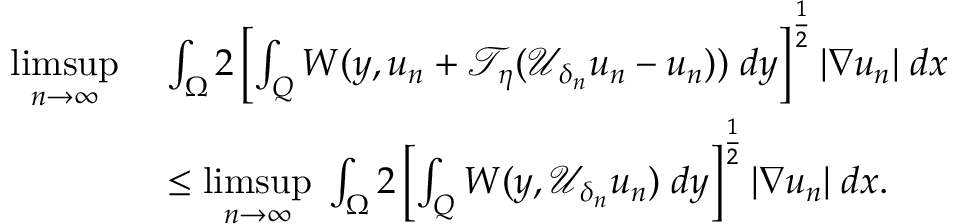
\begin{array} { r l } { \underset { n \to \infty } { \operatorname* { l i m s u p } } \; } & { \int _ { \Omega } 2 \left[ \int _ { Q } W ( y , u _ { n } + \mathcal { T } _ { \eta } ( \mathcal { U } _ { \delta _ { n } } u _ { n } - u _ { n } ) ) \; d y \right] ^ { \frac { 1 } { 2 } } | \nabla u _ { n } | \; d x } \\ & { \leq \underset { n \to \infty } { \operatorname* { l i m s u p } } \; \int _ { \Omega } 2 \left[ \int _ { Q } W ( y , \mathcal { U } _ { \delta _ { n } } u _ { n } ) \; d y \right] ^ { \frac { 1 } { 2 } } | \nabla u _ { n } | \; d x . } \end{array}